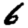
Digit: 6